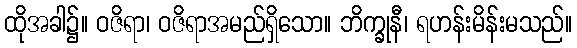
ထိုအခါ၌။ ဝဇိရာ၊ ဝဇိရာအမည်ရှိသော။ ဘိက္ခုနီ၊ ရဟန်းမိန်းမသည်။